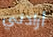
أرادني